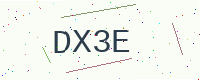
Text: DX3E